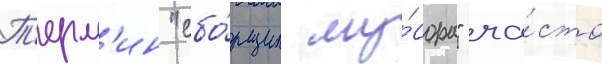
Т'ерм'ин "сбо́рщик му́сора" ча́сто